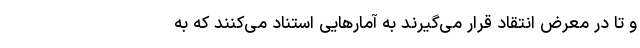
و تا در معرض انتقاد قرار می‌گیرند به آمارهایی استناد می‌کنند که به